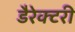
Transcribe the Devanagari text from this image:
डैरेक्टरी